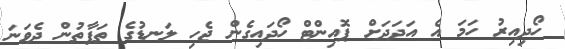
ހޯދިއިރު ހަމަ އެ އަދަދަށް ޕޮއިންޓް ހޯދައިގެން ޖެހި ލަނޑުގެ ތަފާތުން ދެވަނަ